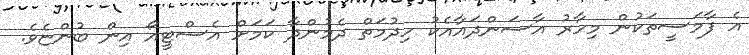
އެ ފާމަސީތަކުން މިހާރު އާސަންދައާއެކު ހިދުމަތް ދެމުންދާ ކަމަށް އެސްޓީއޯ އިން ބުންޏެވެ.